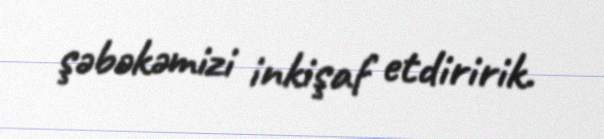
şəbəkəmizi inkişaf etdiririk.